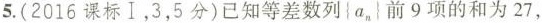
5. (2016课标Ⅰ，3，5分)已知等差数列{a_{n}}前9项的和为27，